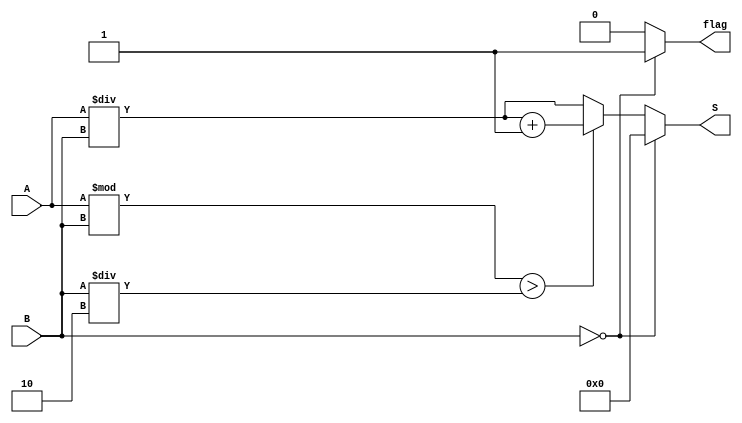
`timescale 1ns / 1ps
//////////////////////////////////////////////////////////////////////////////////
// Company: 
// Engineer: 
// 
// Design Name: 
// Module Name: Devision
// Project Name: 
// Target Devices: 
// Tool Versions: 
// Description: 
// 
// Dependencies: 
// 
// Revision:
// Revision 0.01 - File Created
// Additional Comments:
// 
//////////////////////////////////////////////////////////////////////////////////


module Devision(
input [6:0] A,B,
output reg [7:0] S,
output reg flag
    );
    reg [7:0]temp; 
    wire [7:0] t1;
    assign t1 = A/B;
always@(*)begin
if(B==0)begin
S=0;
flag=1;
end
else
begin
if((A%B)>(B/2))
temp=t1+1;
else
temp=t1;
S=temp;
flag=0;
end
end
endmodule